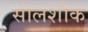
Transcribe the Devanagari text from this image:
सोलशौक